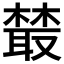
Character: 樷